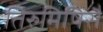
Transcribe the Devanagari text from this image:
तिरुमिषिसै